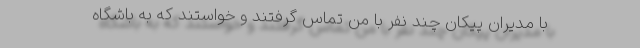
با مدیران پیکان چند نفر با من تماس گرفتند و خواستند که به باشگاه